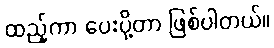
ထည့်ကာ ပေးပို့တာ ဖြစ်ပါတယ်။